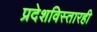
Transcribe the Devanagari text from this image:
प्रदेशविस्तारही